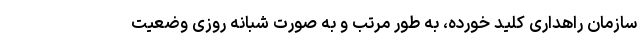
سازمان راهداری کلید خورده، به طور مرتب و به صورت شبانه روزی وضعیت